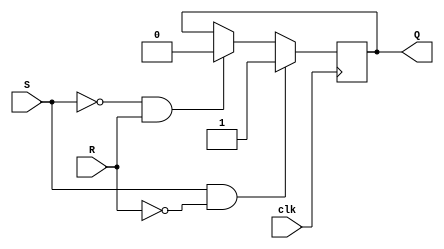
module edge_triggered_SR_flipflop (
    input clk,
    input S,
    input R,
    output reg Q
);

always @(posedge clk) begin
    if (S && !R) begin
        Q <= 1'b1;
    end else if (!S && R) begin
        Q <= 1'b0;
    end
end

endmodule